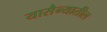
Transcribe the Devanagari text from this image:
यासैन्यातील